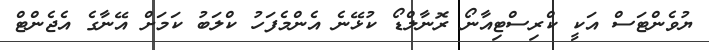
ޔުވެންޓަސް އަކީ ކްރިސްޓިއާނޯ ރޮނާލްޑޯ ކުޅޭނެ އެންމެފަހު ކްލަބު ކަމަށް އޭނާގެ އެޖެންޓް